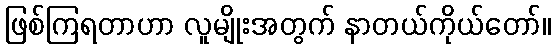
ဖြစ်ကြရတာဟာ လူမျိုးအတွက် နာတယ်ကိုယ်တော်။